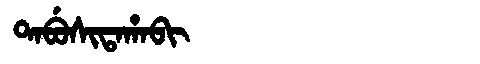
Manchu: ᡨᠠᠪᡠᠰᡳᡨᠠᡥᠠᠪᡳ
Romanization: TABUSITAHABI